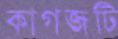
কাগজটি